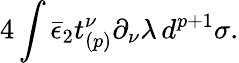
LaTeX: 4\int\bar{\epsilon}_{2}t_{(p)}^{\nu}\partial_{\nu}\lambda\, d^{p+1}\sigma.